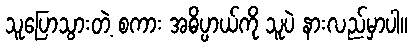
သူပြောသွားတဲ့ စကား အဓိပ္ပာယ်ကို သူပဲ နားလည်မှာပါ။